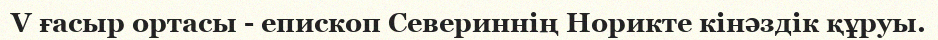
V ғасыр ортасы - епископ Севериннің Норикте кінәздік құруы.